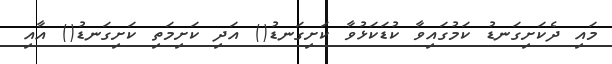
މައި ދެކަށިގަނޑު ކަމުގައިވާ ކުޑަކަޅުވާ ކަށިގަނޑު() އަދި ކަށިމަތި ކަށިގަނޑު() އާއި